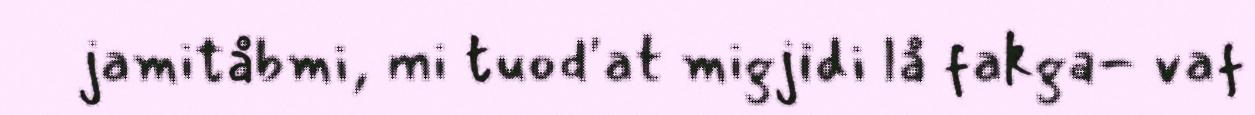
jamitåbmi, mi tuod'at migjidi lå fakga- vaf